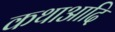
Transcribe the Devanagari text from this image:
कथाआदि